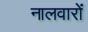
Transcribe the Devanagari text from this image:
नालवारों